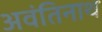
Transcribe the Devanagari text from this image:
अवंतिनाथ